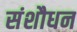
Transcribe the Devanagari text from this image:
संशौधन